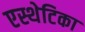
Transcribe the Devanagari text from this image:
एस्थेटिका